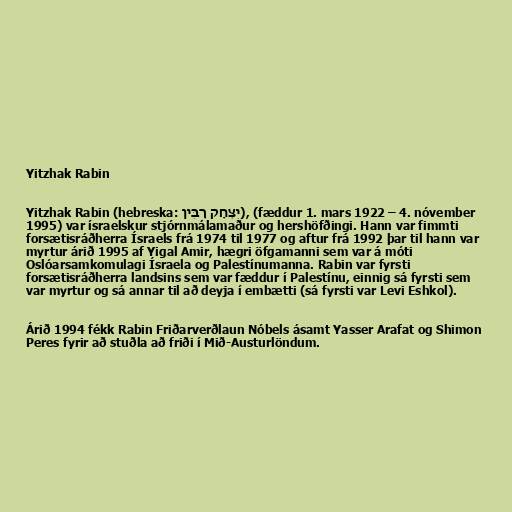
Yitzhak Rabin

Yitzhak Rabin (hebreska: יִצְחָק רָבִּין), (fæddur 1. mars 1922 – 4. nóvember
1995) var ísraelskur stjórnmálamaður og hershöfðingi. Hann var fimmti
forsætisráðherra Ísraels frá 1974 til 1977 og aftur frá 1992 þar til hann var
myrtur árið 1995 af Yigal Amir, hægri öfgamanni sem var á móti
Oslóarsamkomulagi Ísraela og Palestínumanna. Rabin var fyrsti
forsætisráðherra landsins sem var fæddur í Palestínu, einnig sá fyrsti sem
var myrtur og sá annar til að deyja í embætti (sá fyrsti var Levi Eshkol).

Árið 1994 fékk Rabin Friðarverðlaun Nóbels ásamt Yasser Arafat og Shimon
Peres fyrir að stuðla að friði í Mið-Austurlöndum.